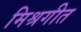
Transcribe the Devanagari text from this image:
मिश्रगीत